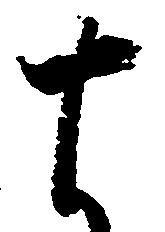
十